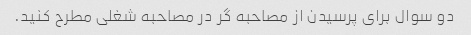
دو سوال برای پرسیدن از مصاحبه گر در مصاحبه شغلی مطرح کنید.